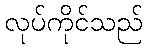
လုပ်ကိုင်သည်